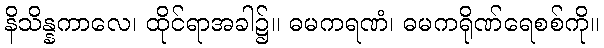
နိသိန္နကာလေ၊ ထိုင်ရာအခါ၌။ ဓမကရဏံ၊ ဓမကရိုဏ်ရေစစ်ကို။